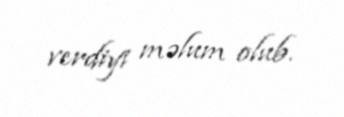
verdiyi məlum olub.